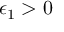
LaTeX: \epsilon _ { 1 } > 0